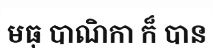
មធុ បាណិកា ក៏ បាន